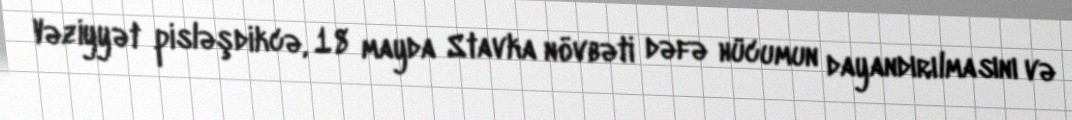
Vəziyyət pisləşdikcə, 18 mayda Stavka növbəti dəfə hücumun dayandırılmasını və